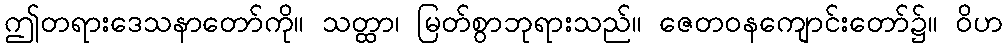
ဤတရားဒေသနာတော်ကို။ သတ္ထာ၊ မြတ်စွာဘုရားသည်။ ဇေတဝနကျောင်းတော်၌။ ဝိဟ